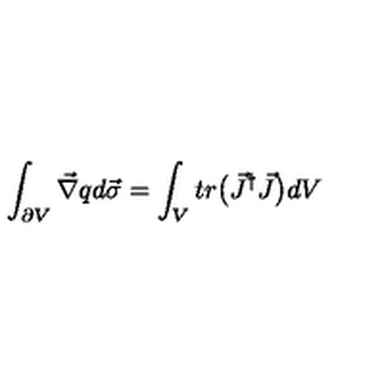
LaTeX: \int _ { \partial V } \vec { \nabla } q d \vec { \sigma } = \int _ { V } t r \bigl ( \vec { J } ^ { \dagger } \vec { J } \bigr ) d V